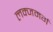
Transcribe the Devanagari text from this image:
लक्जमर्ग